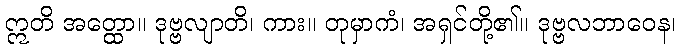
ဣတိ အတ္ထော။ ဒုဗ္ဗလျာတိ၊ ကား။ တုမှာကံ၊ အရှင်တို့၏။ ဒုဗ္ဗလဘာဝေန၊